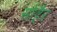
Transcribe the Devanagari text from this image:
सोहैर